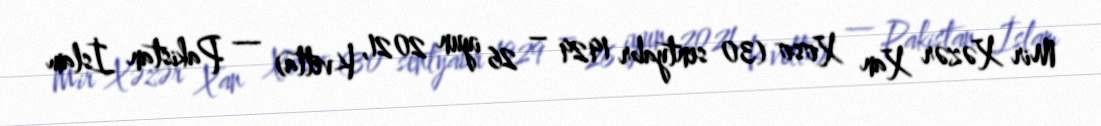
Mir Xəzər Xan Xoso (30 sentyabr 1929 – 26 iyun 2021, Kvetta) — Pakistan İslam